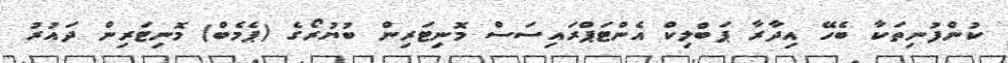
ކުންފުނިތަކާ ބެހޭ އިދާރާ ޕަބްލިކް އެންޓަޕްރައިސަސް މޮނިޓަރިން ބުޔުރޯގެ (ޕެމެބް) މޮނިޓަރިން ދައުރު